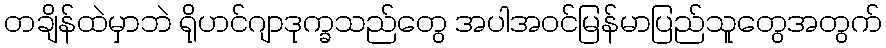
တချိန်ထဲမှာဘဲ ရိုဟင်ဂျာဒုက္ခသည်တွေ အပါအဝင်မြန်မာပြည်သူတွေအတွက်